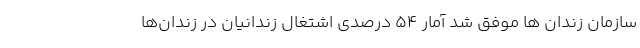
سازمان زندان ها موفق شد آمار ۵۴ درصدی اشتغال زندانیان در زندان‌ها